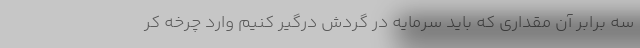
سه برابر آن مقداری که باید سرمایه در گردش درگیر کنیم وارد چرخه کر